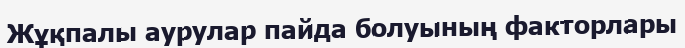
Жұқпалы аурулар пайда болуының факторлары